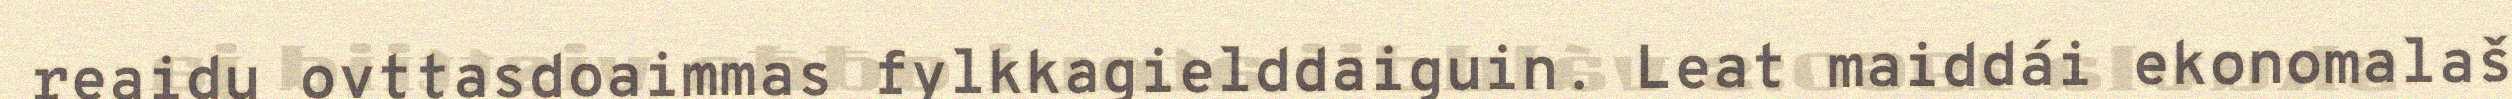
reaidu ovttasdoaimmas fylkkagielddaiguin. Leat maiddái ekonomalaš